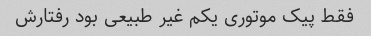
فقط پیک موتوری یکم غیر طبیعی بود رفتارش